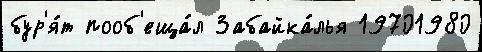
бур'я́т пооб'еща́л Забайка́лья 19701980